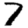
Digit: 7